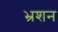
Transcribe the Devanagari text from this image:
भ्रशन